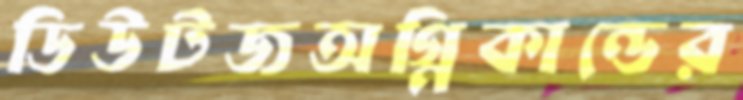
ডিউটজঅগ্নিকান্ডের